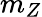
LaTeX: m_{Z}